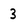
Character: 3